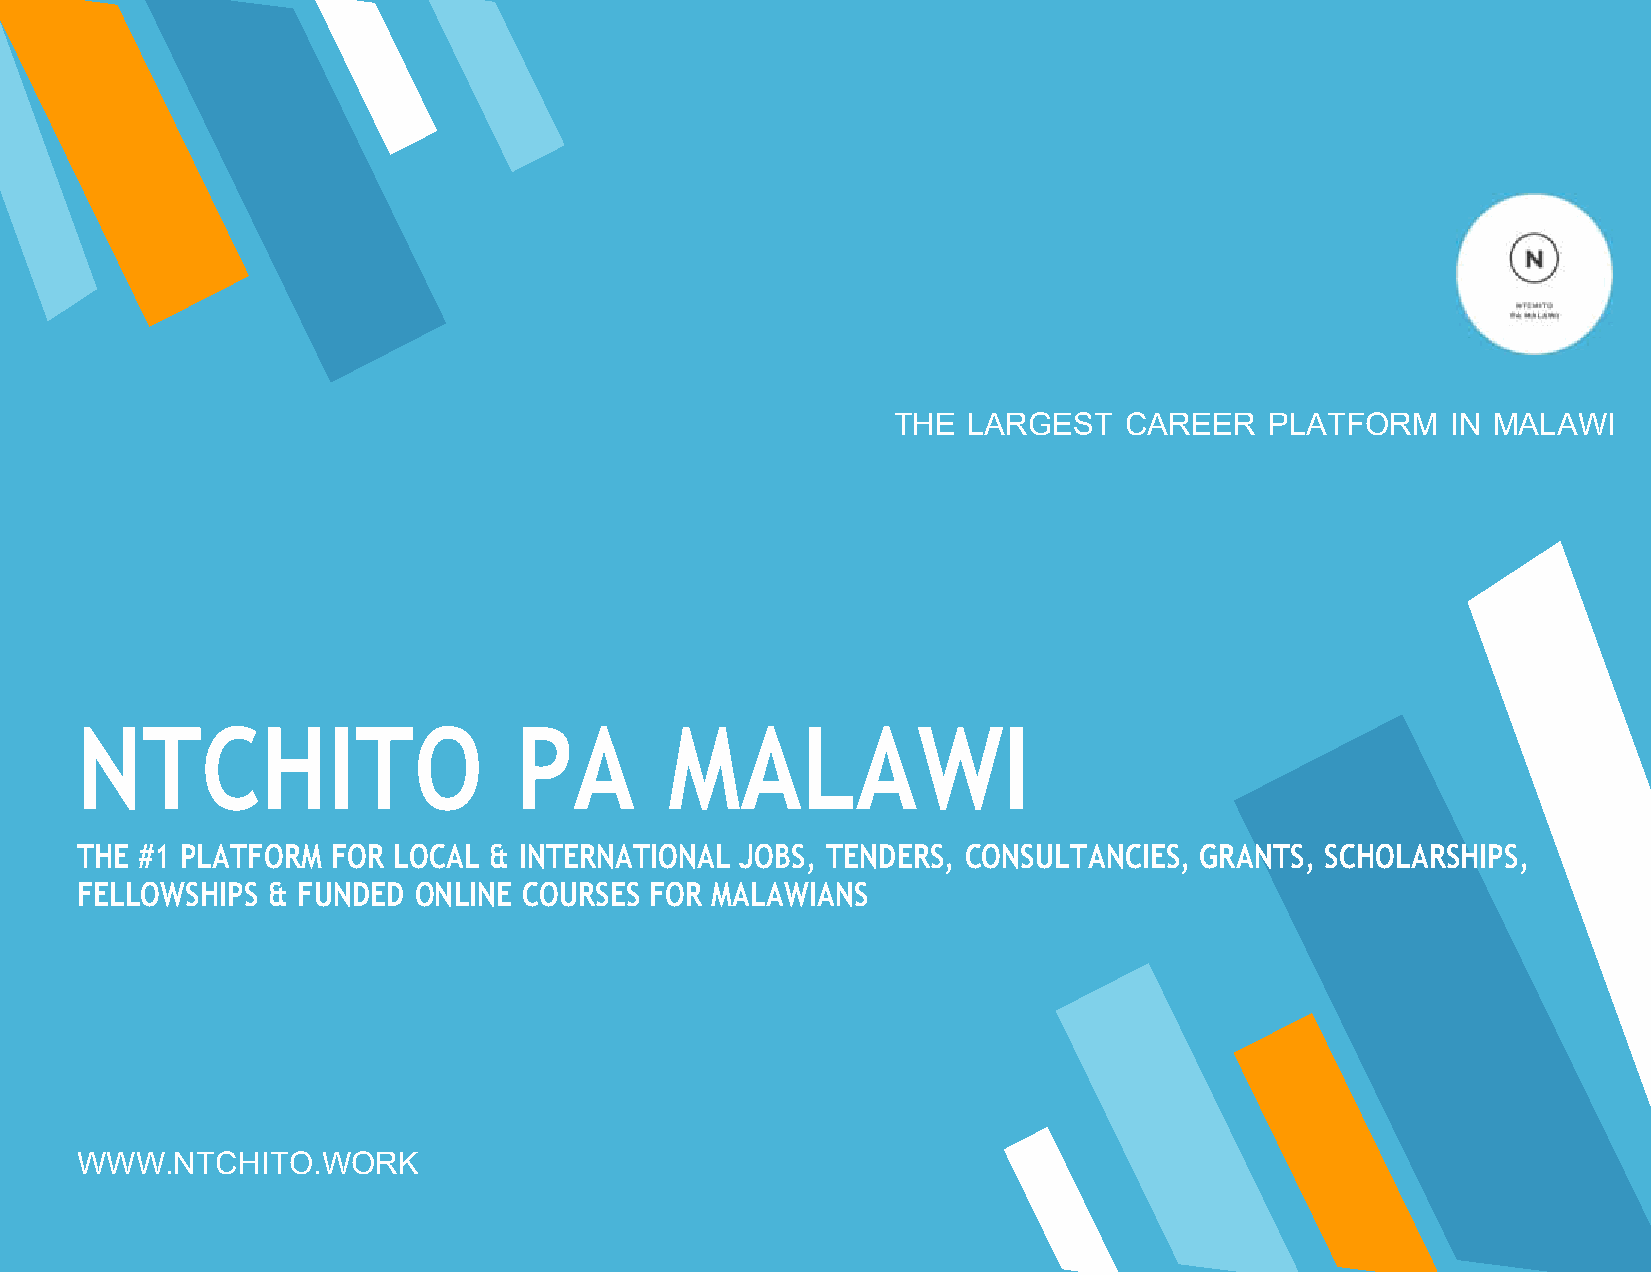
THE  LARGEST   CAREER    PLATFORM    IN MALAWI
 NTCHITO                      PA        MALAWI
 THE #1 PLATFORM  FOR LOCAL & INTERNATIONAL  JOBS, TENDERS, CONSULTANCIES, GRANTS,  SCHOLARSHIPS,
 FELLOWSHIPS  & FUNDED ONLINE  COURSES FOR MALAWIANS
 WWW.NTCHITO.WORK